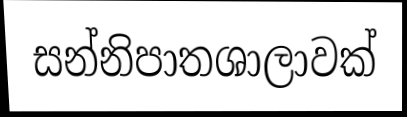
සන්නිපාතශාලාවක්